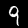
Digit: 9